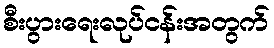
စီးပွားရေးလုပ်ငန်းအတွက်